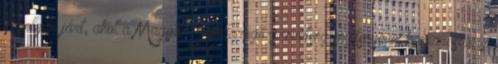
Topolyán járt, ahol a Magyar Labdarúgó-szövetség segítségével hamarosan új